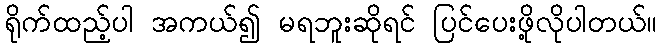
ရိုက်ထည့်ပါ အကယ်၍ မရဘူးဆိုရင် ပြင်ပေးဖို့လိုပါတယ်။